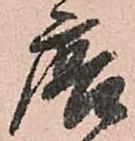
唐